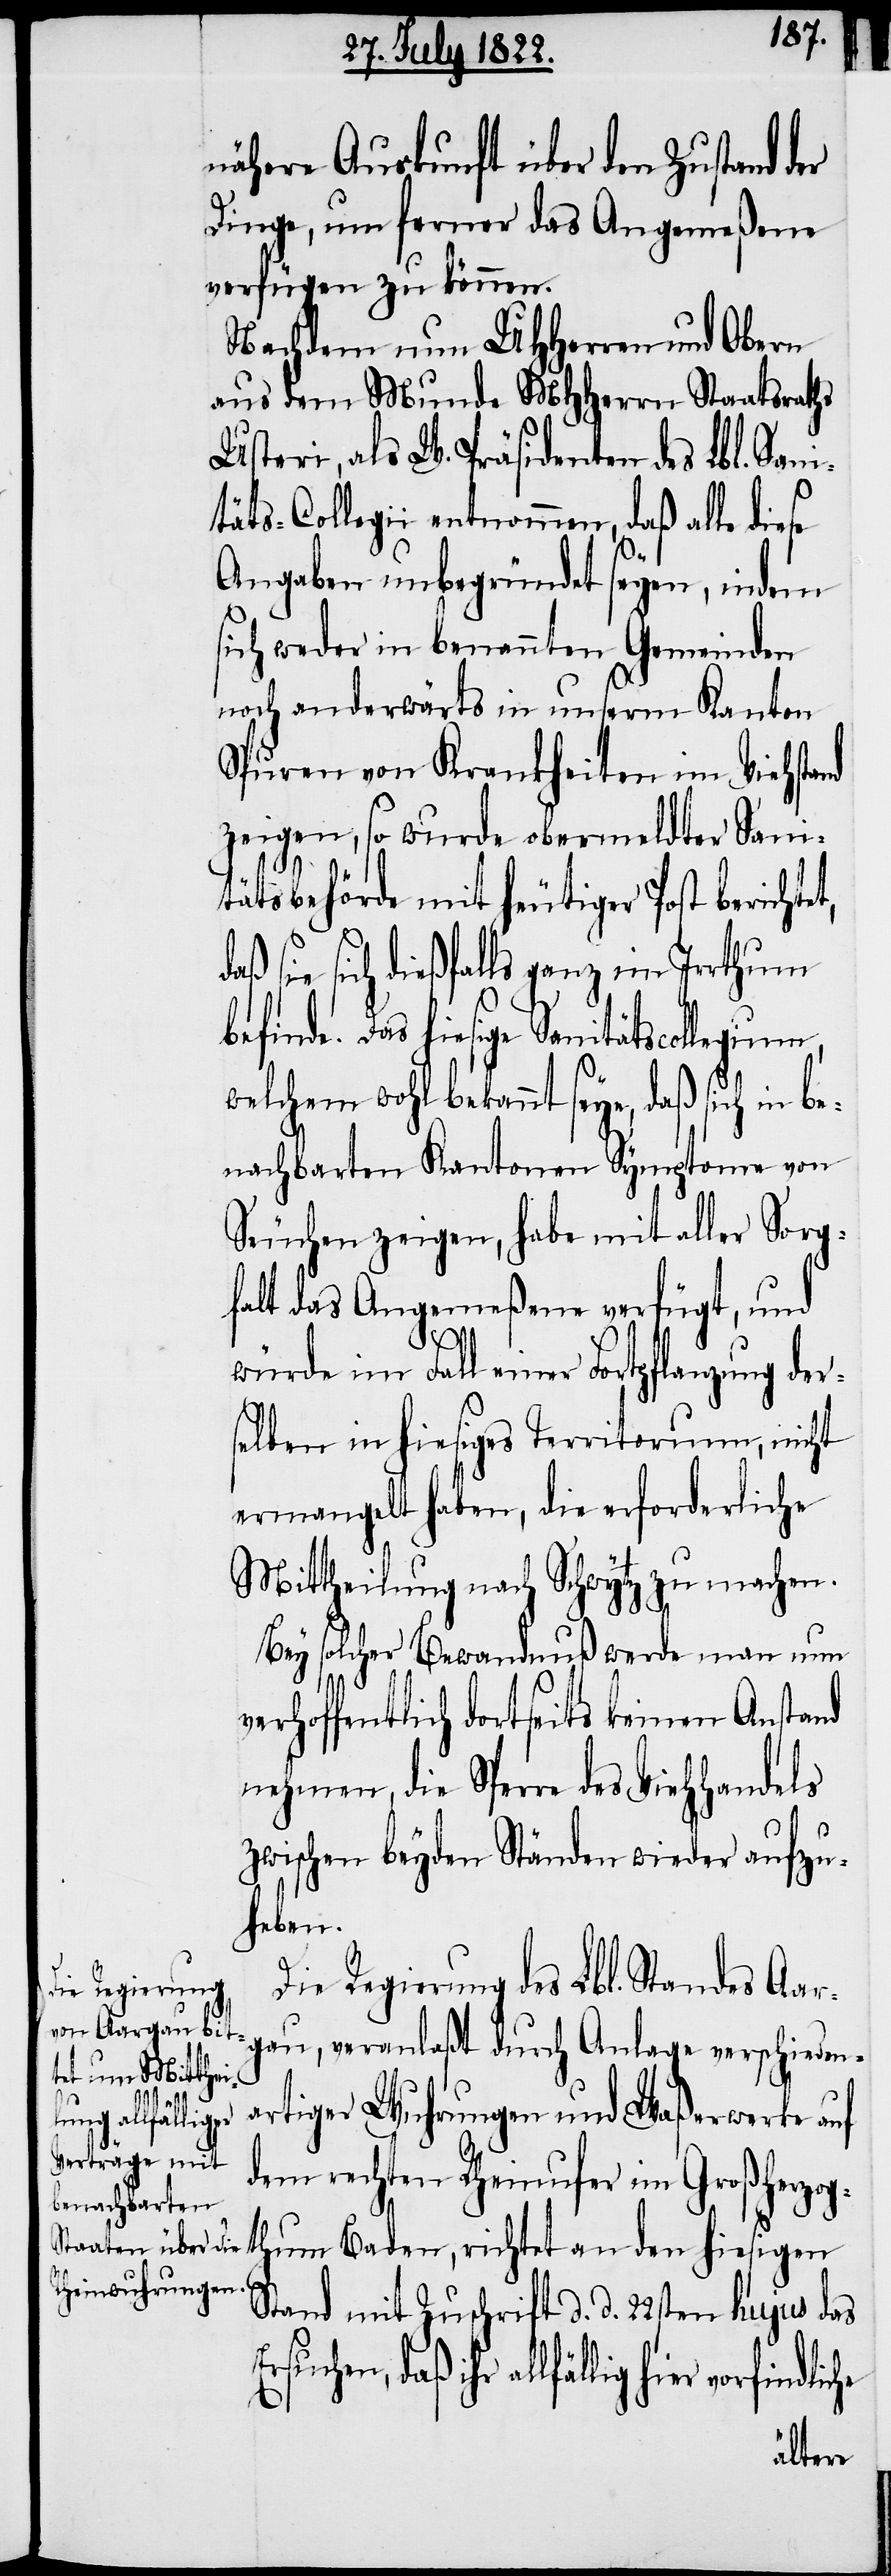
nähere Auskunft über den Zustand der
Dinge, um ferner das Angemeßene
verfügen zu können.
Nachdem nun UHHerrn und Obern
aus dem Munde MHHerrn Staatsraths
Usteri, als W. Präsidenten des Lbl. San¬
itäts-Collegii entnommen, daß alle diese
Angaben unbegründet seyen, indem
sich weder in benannten Gemeinden
noch anderwärts in unserm Kanton
Spuren von Krankheiten im Viehstand
zeigen, so wurde oberemeldter Sani¬
tätsbehörde mit heutiger Post berichtet,
sie sich dießfalls ganz in Irrthum
befinde. Das hiesige Sanitätscollegium,
welchem wohl bekannt seye, daß sich in
nachbarten Kantonen Symptome von
Seuchen zeigen, habe mit aller Sorg¬
falt das Angemeßene verfügt, und
würde im Fall einer Fortpflanzung der¬
selben in hiesiges Territorium, nicht
ermangelt haben, die erforderliche
Mittheilung nach Schwytz zu machen.
Bey solcher Bewandnuß werde man nun
rhoffentlich dortseits keinen Anstand
nehmen, die Sperre des Viehhandels
zwischen beyden Ständen wieder aufzu¬
heben.
Die Regierung des Lbl. Standes Aar¬
gau, veranlaßt durch Anlage verschieden¬
ve¬
artiger Wuhrungen und Waßerwerke auf
dem rechten Rheinufer im Großherzog¬
thum Baden, richtet an den hiesigen
Stand mit Zuschrift d. d. 22sten hujus das
ihr allfällig hier vorfindliche